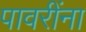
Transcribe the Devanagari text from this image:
पावरींना